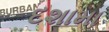
દશામા